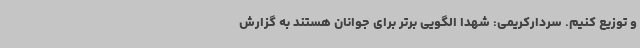
و توزیع کنیم. سردارکریمی: شهدا الگویی برتر برای جوانان هستند به گزارش